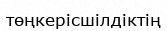
төңкерісшілдіктің